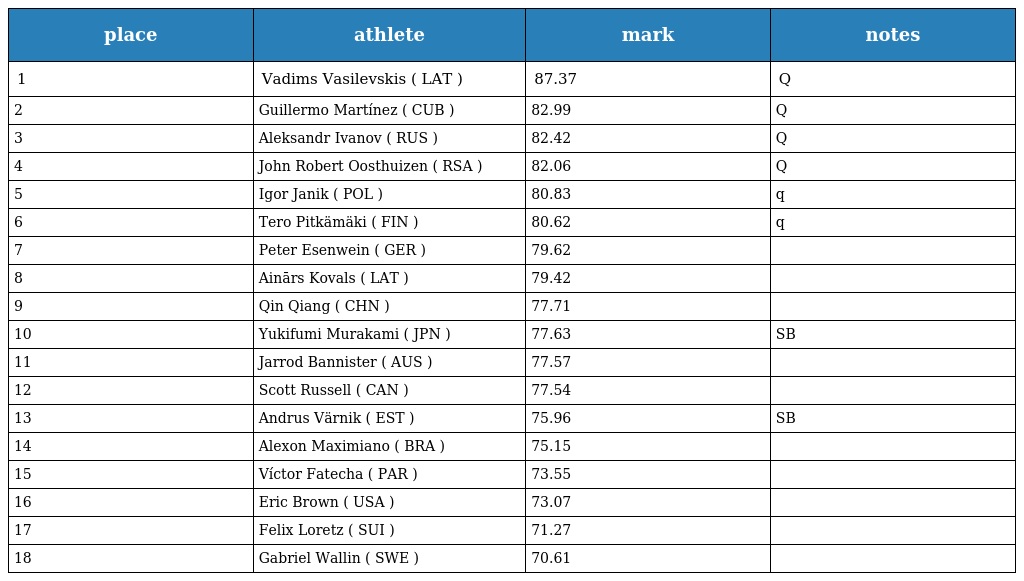
| place | athlete | mark | notes |
 | --- | --- | --- | --- |
 | 1 | Vadims Vasilevskis ( LAT ) | 87.37 | Q |
 | 2 | Guillermo Martínez ( CUB ) | 82.99 | Q |
 | 3 | Aleksandr Ivanov ( RUS ) | 82.42 | Q |
 | 4 | John Robert Oosthuizen ( RSA ) | 82.06 | Q |
 | 5 | Igor Janik ( POL ) | 80.83 | q |
 | 6 | Tero Pitkämäki ( FIN ) | 80.62 | q |
 | 7 | Peter Esenwein ( GER ) | 79.62 |  |
 | 8 | Ainārs Kovals ( LAT ) | 79.42 |  |
 | 9 | Qin Qiang ( CHN ) | 77.71 |  |
 | 10 | Yukifumi Murakami ( JPN ) | 77.63 | SB |
 | 11 | Jarrod Bannister ( AUS ) | 77.57 |  |
 | 12 | Scott Russell ( CAN ) | 77.54 |  |
 | 13 | Andrus Värnik ( EST ) | 75.96 | SB |
 | 14 | Alexon Maximiano ( BRA ) | 75.15 |  |
 | 15 | Víctor Fatecha ( PAR ) | 73.55 |  |
 | 16 | Eric Brown ( USA ) | 73.07 |  |
 | 17 | Felix Loretz ( SUI ) | 71.27 |  |
 | 18 | Gabriel Wallin ( SWE ) | 70.61 |  |